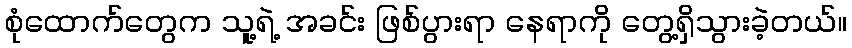
စုံထောက်တွေက သူ့ရဲ့ အခင်း ဖြစ်ပွားရာ နေရာကို တွေ့ရှိသွားခဲ့တယ်။